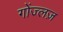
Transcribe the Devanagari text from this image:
गोंज्लज़